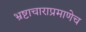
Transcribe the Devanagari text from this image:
भ्रष्टाचाराप्रमाणेच